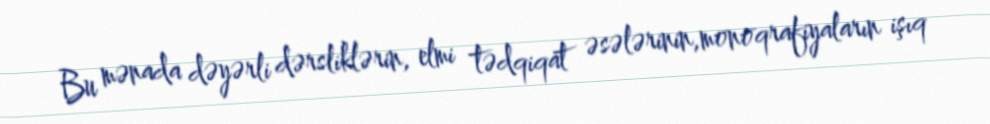
Bu mənada dəyərli dərsliklərin, elmi tədqiqat əsələrinin,monoqrafiyaların işıq